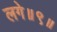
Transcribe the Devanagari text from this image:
लगे॥९॥